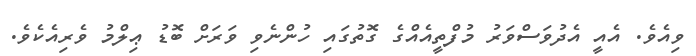
ވިއެވެ. އެއީ އެދުވަސްވަރު މުފްތީއެއްގެ ގޮތުގައި ހުންނެވި ވަރަށް ބޮޑު ޢިލްމު ވެރިއެކެވެ.